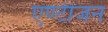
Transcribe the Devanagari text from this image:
एण्टीजन